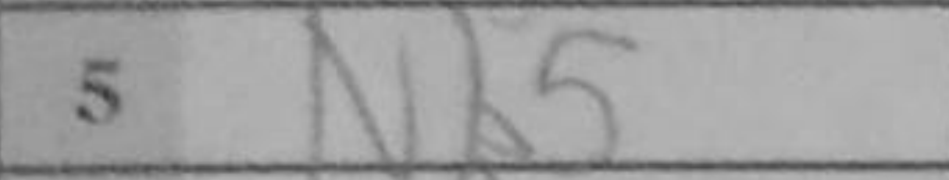
Transcription: Nb5